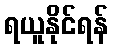
ရယူနိုင်ရန်